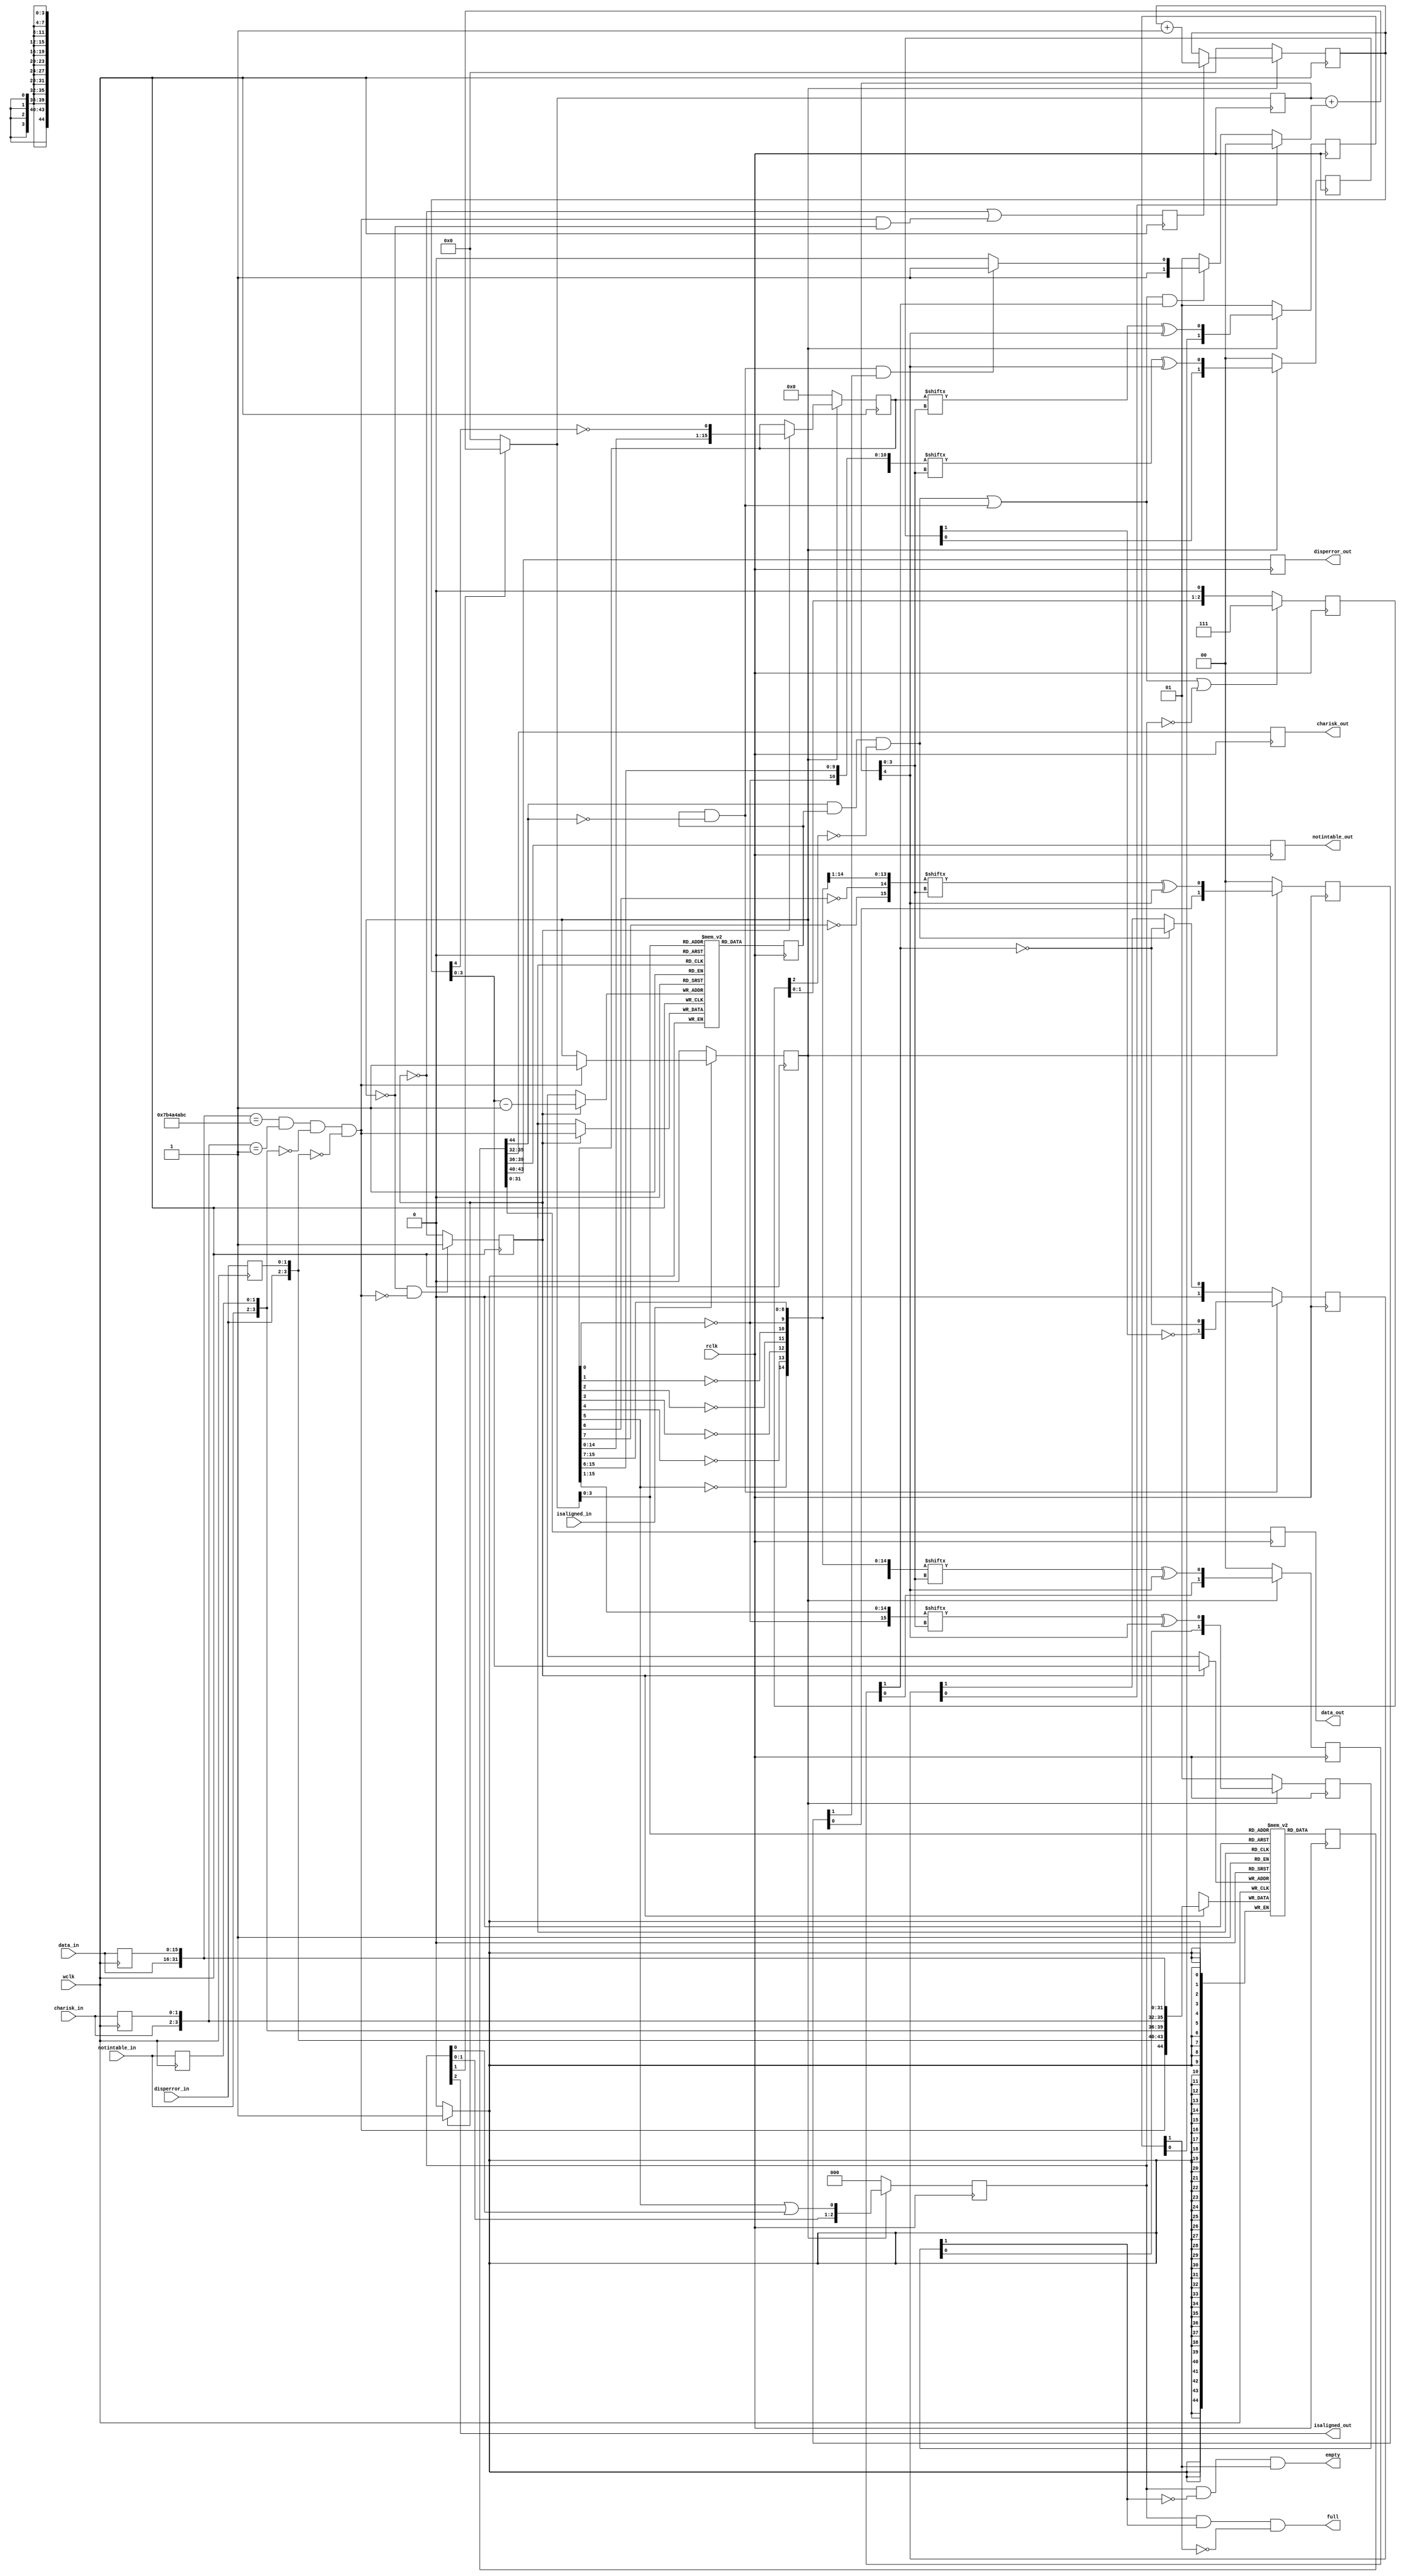
/*!
 * <b>Module:</b>elastic1632
 * @file elastic1632.v
 * @date 2016-02-03  
 * @author Andrey Filippov     
 *
 * @brief Elastic buffer with 16-bit data input and 32-bit output
 *
 * @copyright Copyright (c) 2016 Elphel, Inc .
 *
 * <b>License:</b>
 *
 * elastic1632.v is free software; you can redistribute it and/or modify
 * it under the terms of the GNU General Public License as published by
 * the Free Software Foundation, either version 3 of the License, or
 * (at your option) any later version.
 *
 *  elastic1632.v is distributed in the hope that it will be useful,
 * but WITHOUT ANY WARRANTY; without even the implied warranty of
 * MERCHANTABILITY or FITNESS FOR A PARTICULAR PURPOSE.  See the
 * GNU General Public License for more details.
 *
 * You should have received a copy of the GNU General Public License
 * along with this program.  If not, see <http://www.gnu.org/licenses/> .
 */
`timescale 1ns/1ps

module  elastic1632#(
    parameter DEPTH_LOG2 =  4,   // => 16 total rows x16 is for free in Xilinx, but keep it asymmetrical to reduce
                                 // latency
    parameter OFFSET =  7 // 5        // distance between read and write pointers, = wr_ptr - rd_ptr 
)(
    input             wclk,
    input             rclk,

    input             isaligned_in,
    input       [1:0] charisk_in,
    input       [1:0] notintable_in,
    input       [1:0] disperror_in,
    input      [15:0] data_in,
 
    output            isaligned_out,
    output reg  [3:0] charisk_out,
    output reg  [3:0] notintable_out,
    output reg  [3:0] disperror_out,
    output reg [31:0] data_out,

//  status outputs, just in case
    output            full,
    output            empty

);
localparam ALIGN_PRIM = 32'h7B4A4ABC;
localparam FIFO_DEPTH = 1 << DEPTH_LOG2;
localparam CORR_OFFSET = OFFSET - 0;

reg            [15:0] data_in_r;
reg             [1:0] charisk_in_r;
reg             [1:0] notintable_in_r;
reg             [1:0] disperror_in_r;
reg                   aligned32_in_r;  // input data is word-aligned and got ALIGNp
reg                   msb_in_r;      // input contains MSB
reg                   inc_waddr;
reg    [DEPTH_LOG2:0] waddr;
wire [DEPTH_LOG2-1:0] waddr_minus = waddr[DEPTH_LOG2-1:0] - 1;
wire   [DEPTH_LOG2:0] raddr_w;
reg    [DEPTH_LOG2:0] raddr_r;
reg            [44:0] fifo_ram    [0: FIFO_DEPTH -1];
reg             [0:0] prealign_ram[0: FIFO_DEPTH -1];
reg  [FIFO_DEPTH-1:0] fill;
wire [FIFO_DEPTH-1:0] fill_out;
wire [FIFO_DEPTH-1:0] fill_out_more; // "pessimistic"
wire [FIFO_DEPTH-1:0] fill_out_less; // "optimistic"
wire [FIFO_DEPTH-1:0] fill_1;
reg             [2:0] aligned_rclk;
reg             [1:0] dav_rclk;      // FIFO has more than level
reg             [1:0] dav_rclk_more; // FIFO has more than (level + 1)
reg             [1:0] dav_rclk_less; // FIFO has more than (level - 1)
wire                  skip_rclk;  // skip 1 align primitive
wire                  skip_rclk2; // skip 2 align primitives
//wire                  add_rclk;   // insert 1 align primitive (to add2 - do this twice)
//wire                  add_rclk2;  // skip 2 ALIGNp (just twice using add_rclk || add_rclk2_r
reg             [1:0] add_rclk_r;                   
reg            [44:0] rdata_r;
wire                  align_out = rdata_r[44];
reg                   pre_align_out_r;
// reg                   align_out_r;
reg             [2:0] correct_r;
//wire                  correct = align_out && (!align_out_r || (pre_align_out_r && !correct_r[2]));
wire                  correct_stream = align_out && pre_align_out_r && !correct_r[2]; // correct during continuous align steram - by 1 only
wire                  correct_first = pre_align_out_r && !align_out; // next will be ALIGNp, may skip both

wire                  correct = correct_stream || correct_first;

reg             [1:0] full_0; // full at waddr = waddr
reg             [1:0] full_1; // full at waddr = raddr+1



wire is_alignp_w = ({data_in,       data_in_r} ==       ALIGN_PRIM) &&
                   ({charisk_in,    charisk_in_r} ==    4'h1) &&
                   ({notintable_in, notintable_in_r} == 0) &&
                   ({disperror_in,  disperror_in_r} ==  0);
`ifdef SIMULATION
    wire  [DEPTH_LOG2:0] dbg_diff = waddr-raddr_r; // SuppressThisWarning VEditor Not used, just for viewing in simulator
    wire                 dbg_dav1 = dav_rclk[1];   // SuppressThisWarning VEditor Not used, just for viewing in simulator
    wire                 dbg_full0 = full_0[1];    // SuppressThisWarning VEditor Not used, just for viewing in simulator
    wire                 dbg_full1 = full_1[1];    // SuppressThisWarning VEditor Not used, just for viewing in simulator
    reg          [31:0]  dbg_di;                   // SuppressThisWarning VEditor Not used, just for viewing in simulator
    
    always @(posedge wclk) begin
        if (msb_in_r) dbg_di<= {data_in,data_in_r};
    end
`endif


genvar ii;
generate
    for (ii = 0; ii < FIFO_DEPTH; ii = ii + 1)
    begin: gen_fill_out
        assign fill_out[ii] =            fill[(ii + CORR_OFFSET    ) & (FIFO_DEPTH - 1)] ^ ((ii + CORR_OFFSET    ) >= FIFO_DEPTH);
        assign fill_out_more[ii] =       fill[(ii + CORR_OFFSET + 1) & (FIFO_DEPTH - 1)] ^ ((ii + CORR_OFFSET + 1) >= FIFO_DEPTH);
        assign fill_out_less[ii] =       fill[(ii + CORR_OFFSET - 1) & (FIFO_DEPTH - 1)] ^ ((ii + CORR_OFFSET - 1) >= FIFO_DEPTH);
        assign fill_1[ii] =              fill[(ii + 1) & (FIFO_DEPTH - 1)] ^ ((ii + 1) >= FIFO_DEPTH);
    end
endgenerate
                   
// FIFO write clock domain - read data synchronous, 150MHz for SATA2
always @(posedge wclk) begin
    data_in_r <= data_in;
    charisk_in_r <= charisk_in;
    notintable_in_r <= notintable_in;
    disperror_in_r <= disperror_in;
    
    if    (!isaligned_in) aligned32_in_r <= 0;
    else if (is_alignp_w) aligned32_in_r <= 1;
    
    if (!aligned32_in_r && !is_alignp_w) msb_in_r <= 1;
    else                                 msb_in_r <= !msb_in_r;
    
    inc_waddr <= !msb_in_r || (is_alignp_w && !aligned32_in_r);
    
    if (!aligned32_in_r)  waddr <= 0;
    else if (inc_waddr)   waddr <= waddr + 1;
    
    // write will be active before aligned32_in_r too
    if (msb_in_r) fifo_ram[waddr[DEPTH_LOG2-1:0]] <= {is_alignp_w,
                                                      disperror_in,  disperror_in_r,
                                                      notintable_in, notintable_in_r,
                                                      charisk_in,    charisk_in_r,
                                                      data_in,       data_in_r};
    if (msb_in_r) prealign_ram[waddr_minus] <= is_alignp_w;
                                                      
    if (!aligned32_in_r)  fill <= 0;
    else if (msb_in_r)    fill <={fill[FIFO_DEPTH-2:0],~waddr[DEPTH_LOG2]};
    
end

// FIFO read clock domain - system synchronous, 75MHz for SATA2
    localparam [DEPTH_LOG2:0] SIZED0 = 0;
    localparam [DEPTH_LOG2:0] SIZED1 = 1;
    localparam [DEPTH_LOG2:0] SIZED2 = 2;
    localparam [DEPTH_LOG2:0] SIZED3 = 3;
    assign raddr_w = aligned_rclk[1]? ( raddr_r + (add_rclk_r[0]? SIZED0 : (skip_rclk ? (skip_rclk2 ? SIZED3 : SIZED2) : SIZED1))) : SIZED0;

always @(posedge rclk) begin

    raddr_r <=         raddr_w;

    rdata_r <=         fifo_ram[raddr_w[DEPTH_LOG2-1:0]];
    
    pre_align_out_r <= prealign_ram[raddr_w[DEPTH_LOG2-1:0]];
    
    if (!aligned32_in_r) aligned_rclk <= 0;
    else                 aligned_rclk <= {aligned_rclk[1:0],fill[OFFSET-2] | aligned_rclk[0]};

    if (!aligned32_in_r) dav_rclk <= 0;
    else                 dav_rclk <= {dav_rclk[0],fill_out[raddr_r[DEPTH_LOG2-1:0]] ^ raddr_r[DEPTH_LOG2]};

    if (!aligned32_in_r) dav_rclk_more <= 0;
    else                 dav_rclk_more <= {dav_rclk_more[0],fill_out_more[raddr_r[DEPTH_LOG2-1:0]] ^ raddr_r[DEPTH_LOG2]};

    if (!aligned32_in_r) dav_rclk_less <= 0;
    else                 dav_rclk_less <= {dav_rclk_less[0],fill_out_less[raddr_r[DEPTH_LOG2-1:0]] ^ raddr_r[DEPTH_LOG2]};

    
    if (!aligned32_in_r) full_0 <= 1;
    else                 full_0 <= {full_0[0], fill[raddr_r[DEPTH_LOG2-1:0]] ^ raddr_r[DEPTH_LOG2]};

    if (!aligned32_in_r) full_1 <= 1;
    else                 full_1 <= {full_1[0], fill_1[raddr_r[DEPTH_LOG2-1:0]] ^ raddr_r[DEPTH_LOG2]};
    
    disperror_out <=  rdata_r[43:40];
    notintable_out <= rdata_r[39:36];
    charisk_out <=    rdata_r[35:32];
    data_out <=       rdata_r[31: 0];
    
//    align_out_r <= align_out;

    if (correct || !aligned_rclk) correct_r <= ~0;
    else correct_r <= correct_r << 1;

//    add_rclk2_r <=add_rclk2;
    if      (correct_first)  add_rclk_r <= {~dav_rclk_less[1], ~dav_rclk[1]};
    else if (correct_stream) add_rclk_r <= {1'b0,              ~dav_rclk[1]};
    else                     add_rclk_r <= add_rclk_r >> 1; 
    
end

//assign skip_rclk = correct &&  dav_rclk[1];
//assign add_rclk =  correct && !dav_rclk[1];
assign skip_rclk =  correct &&  dav_rclk[1];
assign skip_rclk2 = correct_first &&  dav_rclk_more[1];

//assign add_rclk =   correct && !dav_rclk[1];
//assign add_rclk2 =  correct_first && !dav_rclk_less[1];

assign isaligned_out = aligned_rclk[2];
assign full =  aligned_rclk &&  full_1[1] && !full_0[1];
assign empty = aligned_rclk && !full_1[1] &&  full_0[1];
endmodule